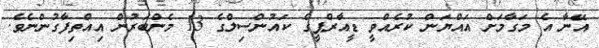
އޭނާ އެ މަގާމަށް އައްޔަން ކުރެއްވީ ޑީއާރްޕީގެ ކައުންސިލްގެ 13 މެންބަރުން އިއްތިފާގުންނެވެ.